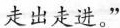
走出走进。”